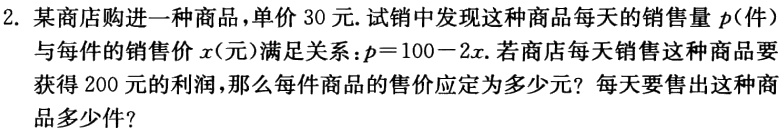
2. 某商店购进一种商品，单价30元. 试销中发现这种商品每天的销售量\(p\)(件)与每件的销售价\(x\)(元)满足关系：\(p = 100 - 2x\). 若商店每天销售这种商品要获得200元的利润，那么每件商品的售价应定为多少元？每天要售出这种商品多少件？